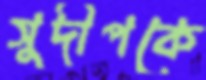
সুদীপকে